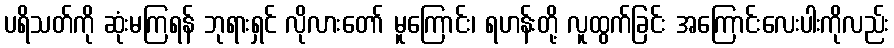
ပရိသတ်ကို ဆုံးမကြရန် ဘုရားရှင် လိုလားတော် မူကြောင်း၊ ရဟန်းတို့ လူထွက်ခြင်း အကြောင်းလေးပါးကိုလည်း